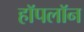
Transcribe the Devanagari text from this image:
हॉपलॉन